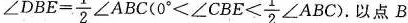
$$ ∠ \angleDBE= \frac{1}{2}\angle ABC(0^{\circ}< \angle CBE< \frac{1}{2}\angle ABC)$$ 以点B